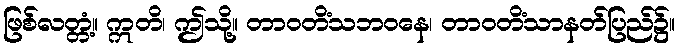
ဖြစ်လတ္တံ့။ ဣတိ၊ ဤသို့။ တာဝတိံသဘဝနေ၊ တာဝတိံသာနတ်ပြည်၌။